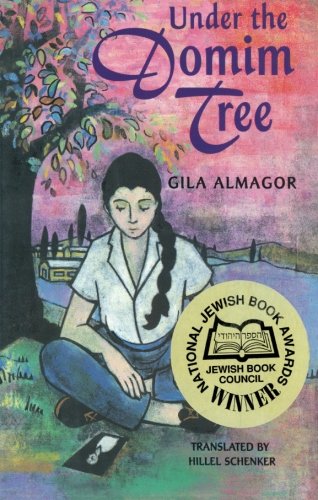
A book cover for Under the Domim Tree; Gila Almagor; Teen & Young Adult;